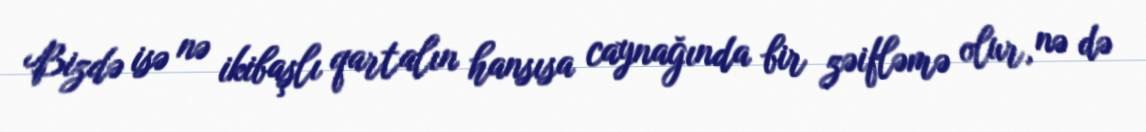
Bizdə isə nə ikibaşlı qartalın hansısa caynağında bir zəifləmə olur, nə də